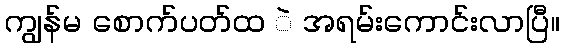
ကျွန်မ စောက်ပတ်ထ ဲ အရမ်းကောင်းလာပြီ။